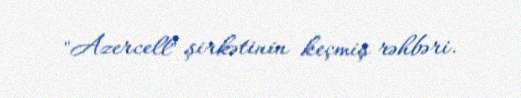
"Azercell" şirkətinin keçmiş rəhbəri.